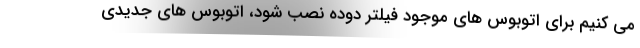
می کنیم برای اتوبوس های موجود فیلتر دوده نصب شود، اتوبوس های جدیدی